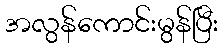
အလွန်ကောင်းမွန်ပြီး